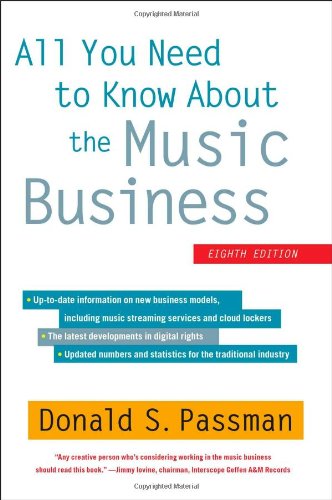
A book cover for All You Need to Know About the Music Business: Eighth Edition; Donald S. Passman; Humor & Entertainment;